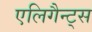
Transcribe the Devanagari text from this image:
एलिगैन्ट्स